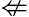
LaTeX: \nLeftarrow